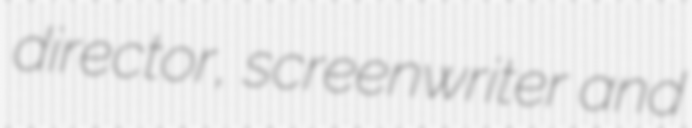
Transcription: director, screenwriter and